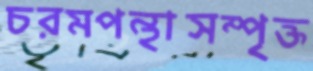
চরমপন্থাসম্পৃক্ত